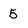
Character: 5